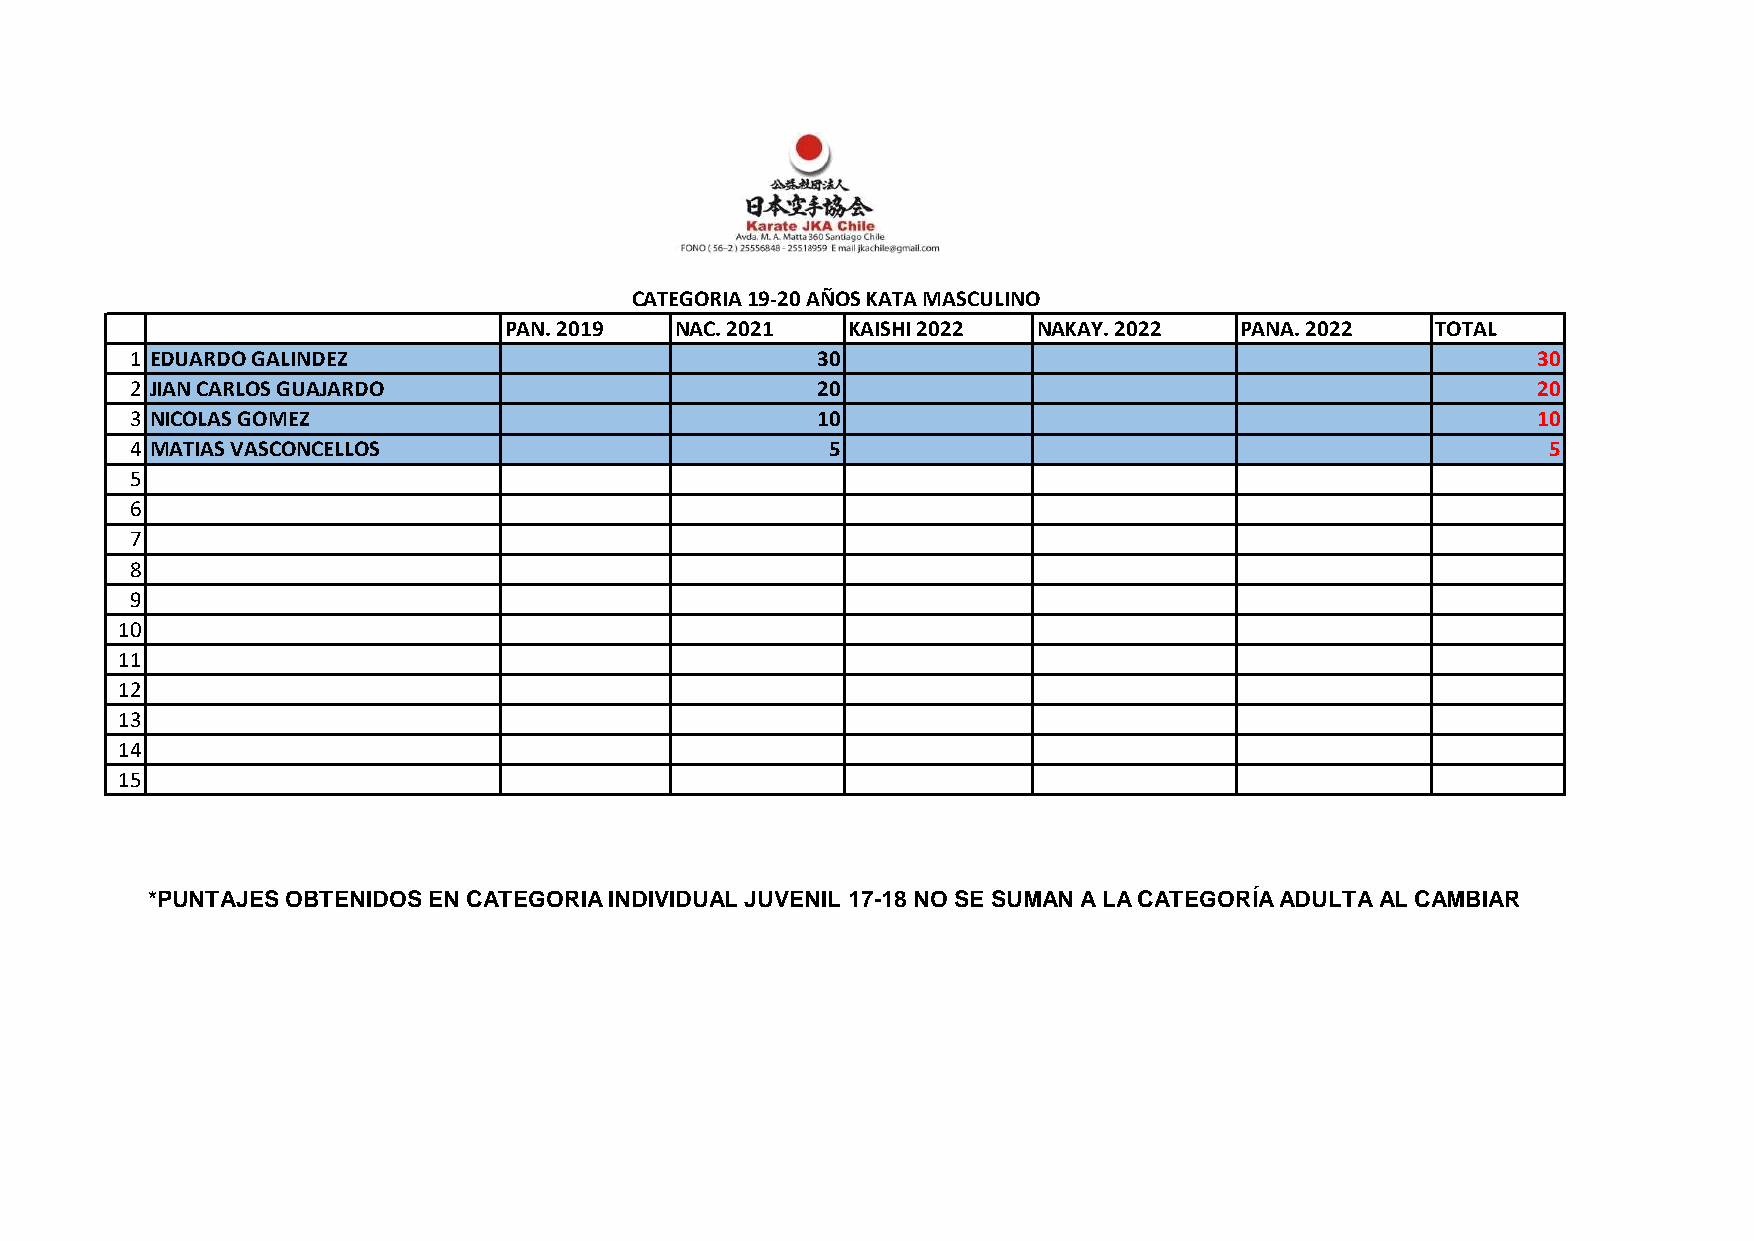
CATEGORIA 19-20 AÑOS KATA MASCULINO
 PAN. 2019   NAC. 2021  KAISHI 2022  NAKAY. 2022  PANA. 2022   TOTAL
 1 EDUARDO GALINDEZ                           30                                              30
 2 JIAN CARLOS GUAJARDO                       20                                              20
 3 NICOLAS GOMEZ                              10                                              10
 4 MATIAS VASCONCELLOS                         5                                               5
 5
 6
 7
 8
 9
 10
 11
 12
 13
 14
 15
 *PUNTAJES OBTENIDOS EN CATEGORIA INDIVIDUAL JUVENIL 17-18 NO SE SUMAN A LA CATEGORÍA ADULTA AL CAMBIAR